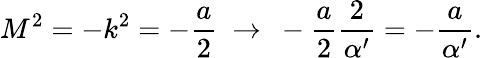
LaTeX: M^{2}=-k^{2}=-\frac{a}{2}\ \to\ -\frac{a}{2}\frac{2}{\alpha^{\prime}}=-\frac{a}{\alpha^{\prime}}.